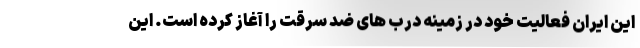
این ایران فعالیت خود در زمینه درب های ضد سرقت را آغاز کرده است. این